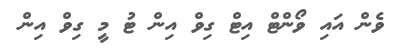
ވެން އައި ވޯންޓް އިޓް ގިވް އިން ޓު މީ ގިވް އިން